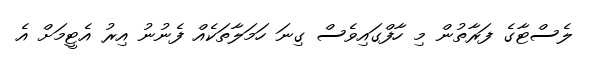
ލެސްޓާގެ ފަރާތުން މި ހާފްގައިވެސް ގިނަ ހަމަލާތަކެއް ފެނުނު އިރު އެޓީމަށް އެ